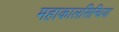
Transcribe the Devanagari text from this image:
महाकालसिन्धिया